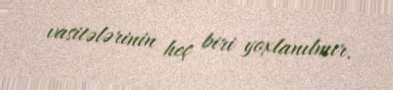
vasitələrinin heç biri yoxlanılmır.